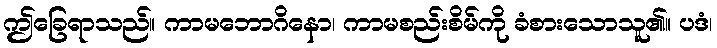
ဤခြေရာသည်။ ကာမဘောဂိနော၊ ကာမစည်းစိမ်ကို ခံစားသောသူ၏။ ပဒံ၊